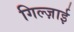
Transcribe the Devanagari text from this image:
गिल्ज़ाई